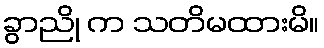
ခွာညို က သတိမထားမိ။